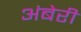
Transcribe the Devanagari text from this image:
अंबेरी